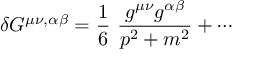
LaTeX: \delta G ^ { \mu \nu , \alpha \beta } = \frac { 1 } { 6 } ~ \frac { g ^ { \mu \nu } g ^ { \alpha \beta } } { p ^ { 2 } + m ^ { 2 } } + \cdots